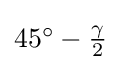
{\textstyle 45^{\circ }-{\frac {\gamma }{2}}}